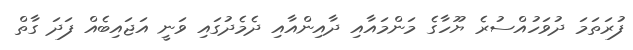
ފުރަތަމަ ދުވަހުއްސުރެ ޔޫހާގެ މަންމައާއި ދާއިންއާއި ދެމެދުގައި ވަނީ އަޖައިބެއް ފަދަ ގާތް